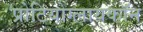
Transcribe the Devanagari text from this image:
प्रोटियोग्लायकॉन